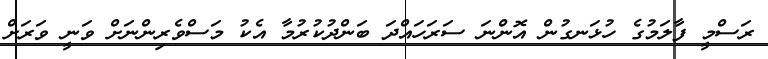
ރަސްމީ ފާލަމުގެ ހުޅަނގުން އޮންނަ ސަރަހައްދަ ބަންދުކުރުމާ އެކު މަސްވެރިންނަށް ވަނީ ވަރަށް